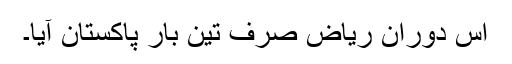
اس دوران ریاض صرف تین بار پاکستان آیا۔